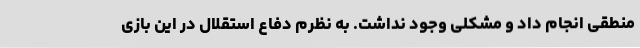
منطقی انجام داد و مشکلی وجود نداشت. به نظرم دفاع استقلال در این بازی